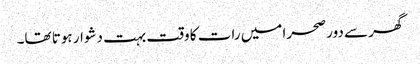
گھر سے دور صحرا میں رات کا وقت بہت دشوار ہوتا تھا۔